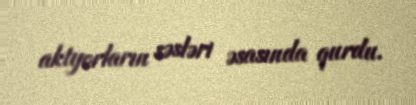
aktyorların səsləri əsasında qurdu.